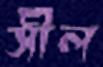
সীল